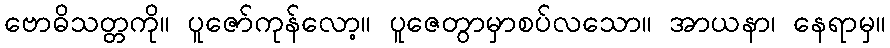
ဗောဓိသတ္တကို။ ပူဇော်ကုန်လော့။ ပူဇေတွာမှာစပ်လသော။ အာယနာ၊ နေရာမှ။